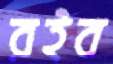
রইব